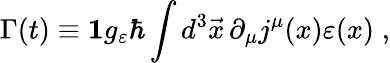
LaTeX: \Gamma(t)\equiv{\mathbf 1}g_{\varepsilon}\hbar\int d^{3}\vec{x}\, \partial_{\mu}j^{\mu}(x)\varepsilon(x)\; ,